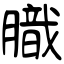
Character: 膱